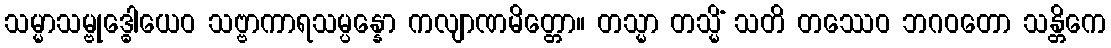
သမ္မာသမ္ဗုဒ္ဓေါယေဝ သဗ္ဗာကာရသမ္ပန္နော ကလျာဏမိတ္တော။ တသ္မာ တသ္မိံ သတိ တဿေဝ ဘဂဝတော သန္တိကေ